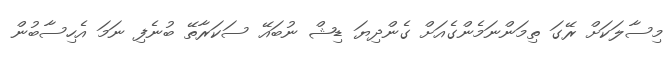
މިސާލަކަށް ރޭގަ ތިމަންނަމެންގެއަށް ގެންދިޔަ ޑިޝް ނުބައޭ ސަކަރާތޭ ބުނެފި ނަމަ އެހިސާބުން